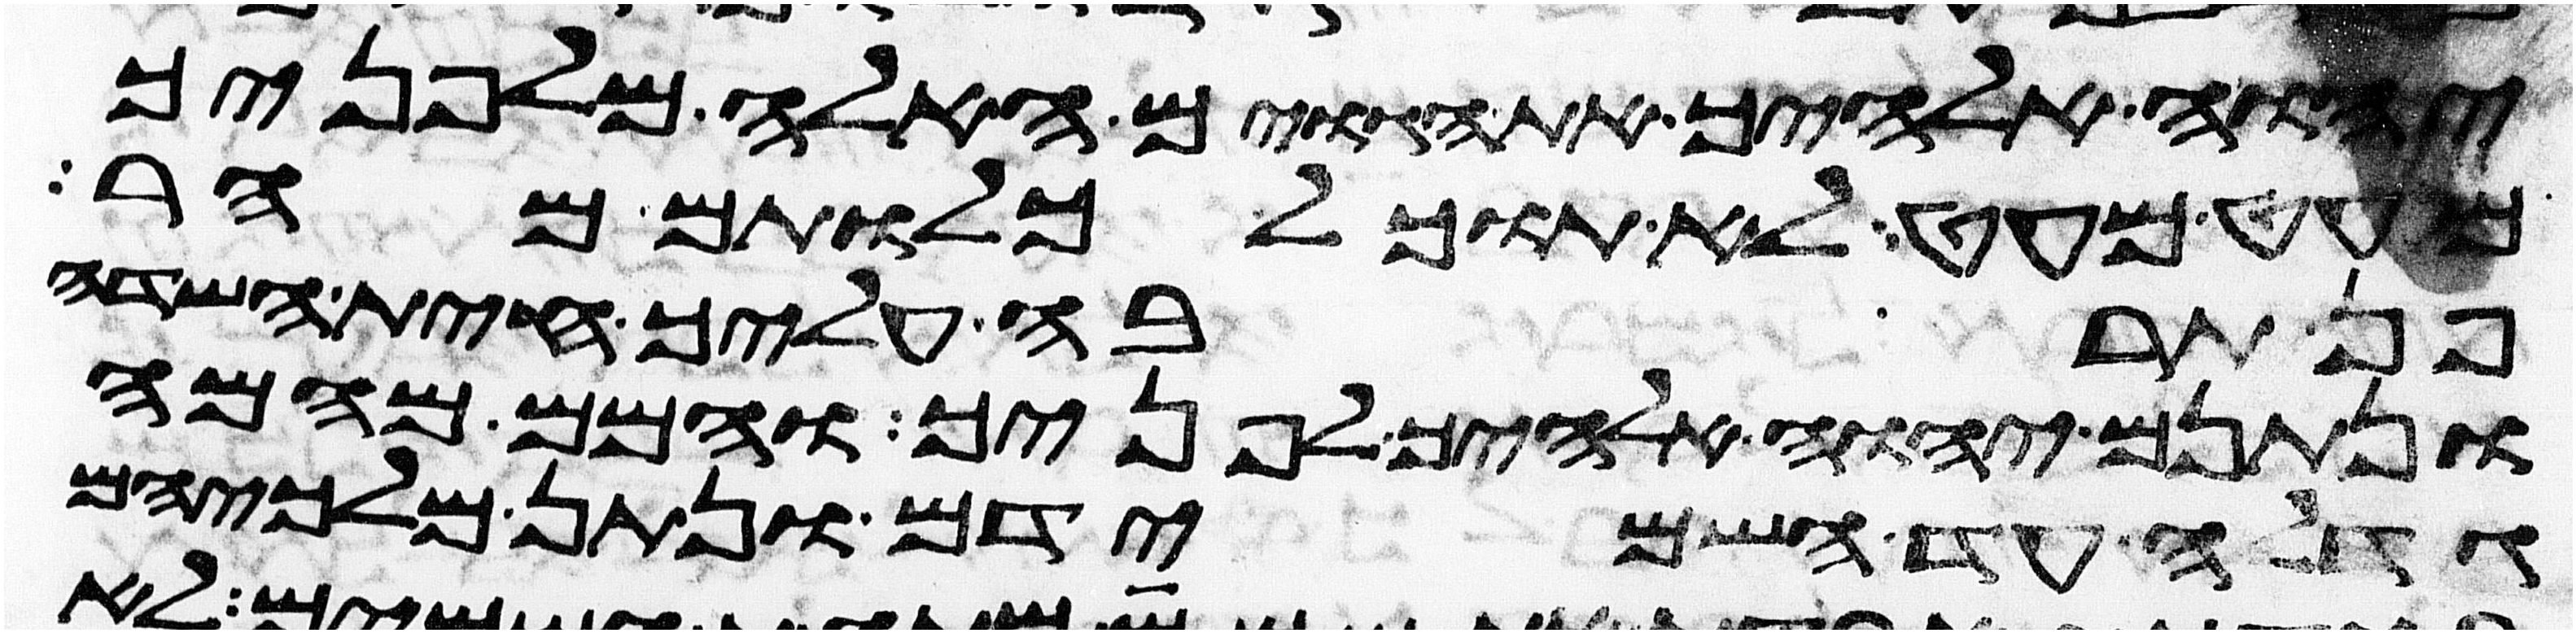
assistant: יהוה אלהיך את הגוים האלה מלפניך
מעט מעט לא תוכל כלותם מהר
פן תרבה עליך חית השדה
ונתנם יהוה אלהיך לפניך והמם מהמה
גדלה עד השמידם ונתן מלכיהם